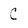
Character: C